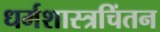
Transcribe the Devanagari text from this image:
धर्मशास्त्रचिंतन